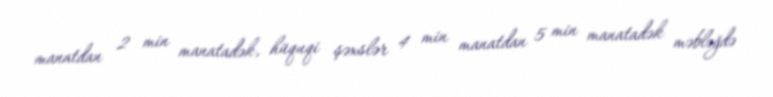
manatdan 2 min manatadək, hüquqi şəxslər 4 min manatdan 5 min manatadək məbləğdə